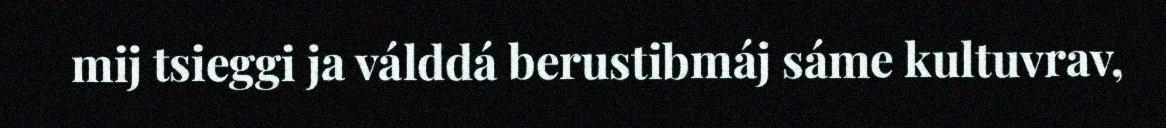
mij tsieggi ja válddá berustibmáj sáme kultuvrav,